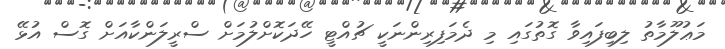
މަޢުލޫމާތު ލިބިފައިވާ ގޮތުގައި މި ދެމަފިރިންނަކީ ޗުއްޓީ ހޭދަކޮށްލުމަށް ސްރީލަންކާއަށް ގޮސް އުޅޭ